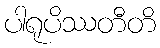
ပါရုပိဿတီတိ